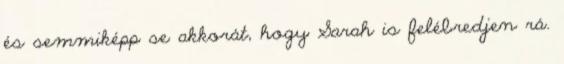
és semmiképp se akkorát, hogy Sarah is felébredjen rá.